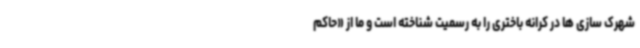
شهرک سازی ها در کرانه باختری را به رسمیت شناخته است و ما از «حاکم